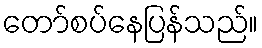
တော်စပ်နေပြန်သည်။